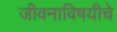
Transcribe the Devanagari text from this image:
जीवनाविषयीचे